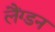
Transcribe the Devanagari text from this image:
लैंग्डन